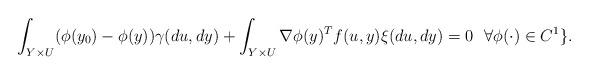
LaTeX: \begin{align*}\int_{Y\times U}(\phi(y_0)-\phi(y))\gamma(du,dy) + \int_{Y\times U}\nabla \phi(y)^Tf(u,y)\xi(du,dy) =0 \ \ \forall \phi(\cdot)\in C^1 \}.\end{align*}